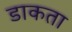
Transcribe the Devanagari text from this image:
डाकता